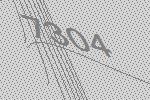
7304